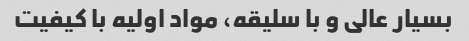
بسیار عالی و با سلیقه، مواد اولیه با کیفیت